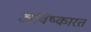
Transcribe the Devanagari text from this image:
अविष्कारत